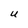
Character: U